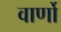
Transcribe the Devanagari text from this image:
वार्णो